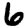
Digit: 6